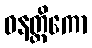
ဓနတ္ထိကော